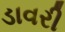
ડાવરી